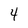
Character: 4